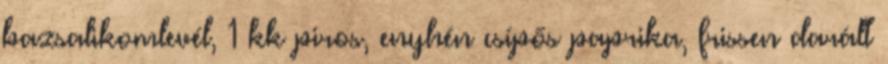
bazsalikomlevél, 1 kk piros, enyhén csípős paprika, frissen darált